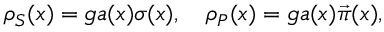
\rho _ { S } ( x ) = g a ( x ) \sigma ( x ) , ~ ~ ~ \rho _ { P } ( x ) = g a ( x ) \vec { \pi } ( x ) ,